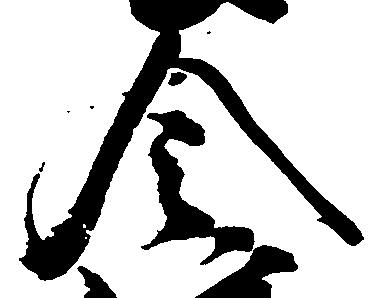
令